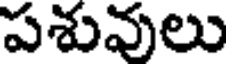
పశువులు